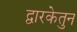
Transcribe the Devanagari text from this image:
द्वारकेतुन